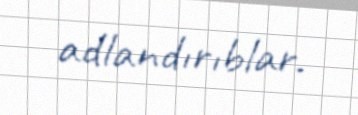
adlandırıblar.